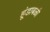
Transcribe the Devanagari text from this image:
हूंडाबळी